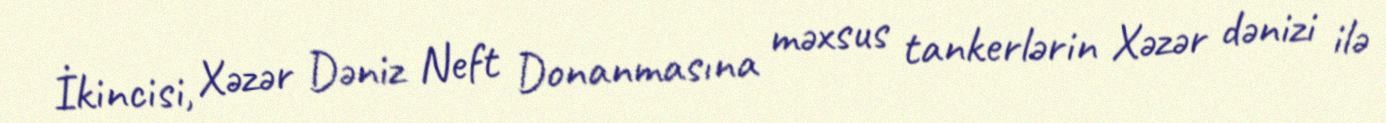
İkincisi, Xəzər Dəniz Neft Donanmasına məxsus tankerlərin Xəzər dənizi ilə